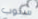
سنوب